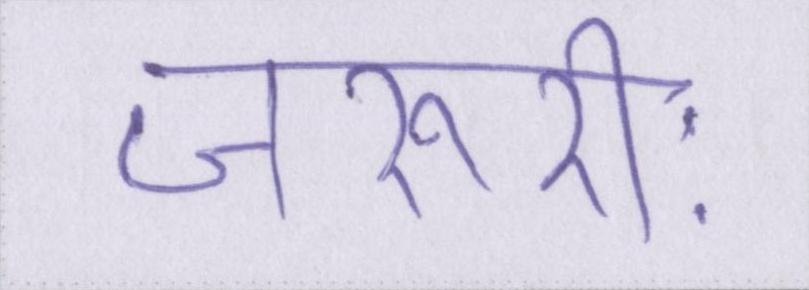
जरूरीः